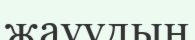
жауудың